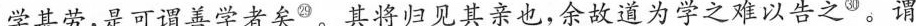
学甚劳,是可谓善学者矣^{㉙}。其将归见其亲也,余故道为学之难以告之^{㉚}。谓